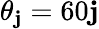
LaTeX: \theta_{\mathbf{j}}=60\mathbf{j}